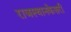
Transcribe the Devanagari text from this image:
राजस्थानकेसरी